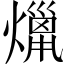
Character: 𤎞